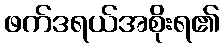
ဖက်ဒရယ်အစိုးရ၏